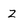
Character: Z